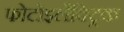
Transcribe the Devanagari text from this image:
फोटोइलैक्ट्रिक